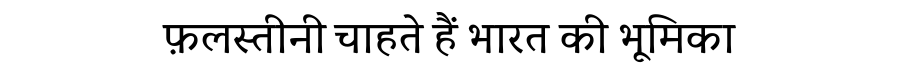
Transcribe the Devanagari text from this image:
फ़लस्तीनी चाहते हैं भारत की भूमिका